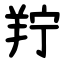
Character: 羜